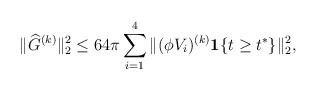
LaTeX: \begin{align*}\|\widehat{G}^{(k)}\|_2^2 &\leq 64 \pi \sum_{i=1}^4\|(\phi V_i)^{(k)}\mathbf 1\{t \geq t^*\}\|_2^2,\end{align*}